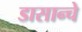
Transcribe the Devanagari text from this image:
डासान्चे